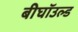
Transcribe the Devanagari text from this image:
बीघॉउल्ड